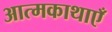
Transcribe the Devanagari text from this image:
आत्मकाथाएँ